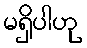
မရှိပါဟု